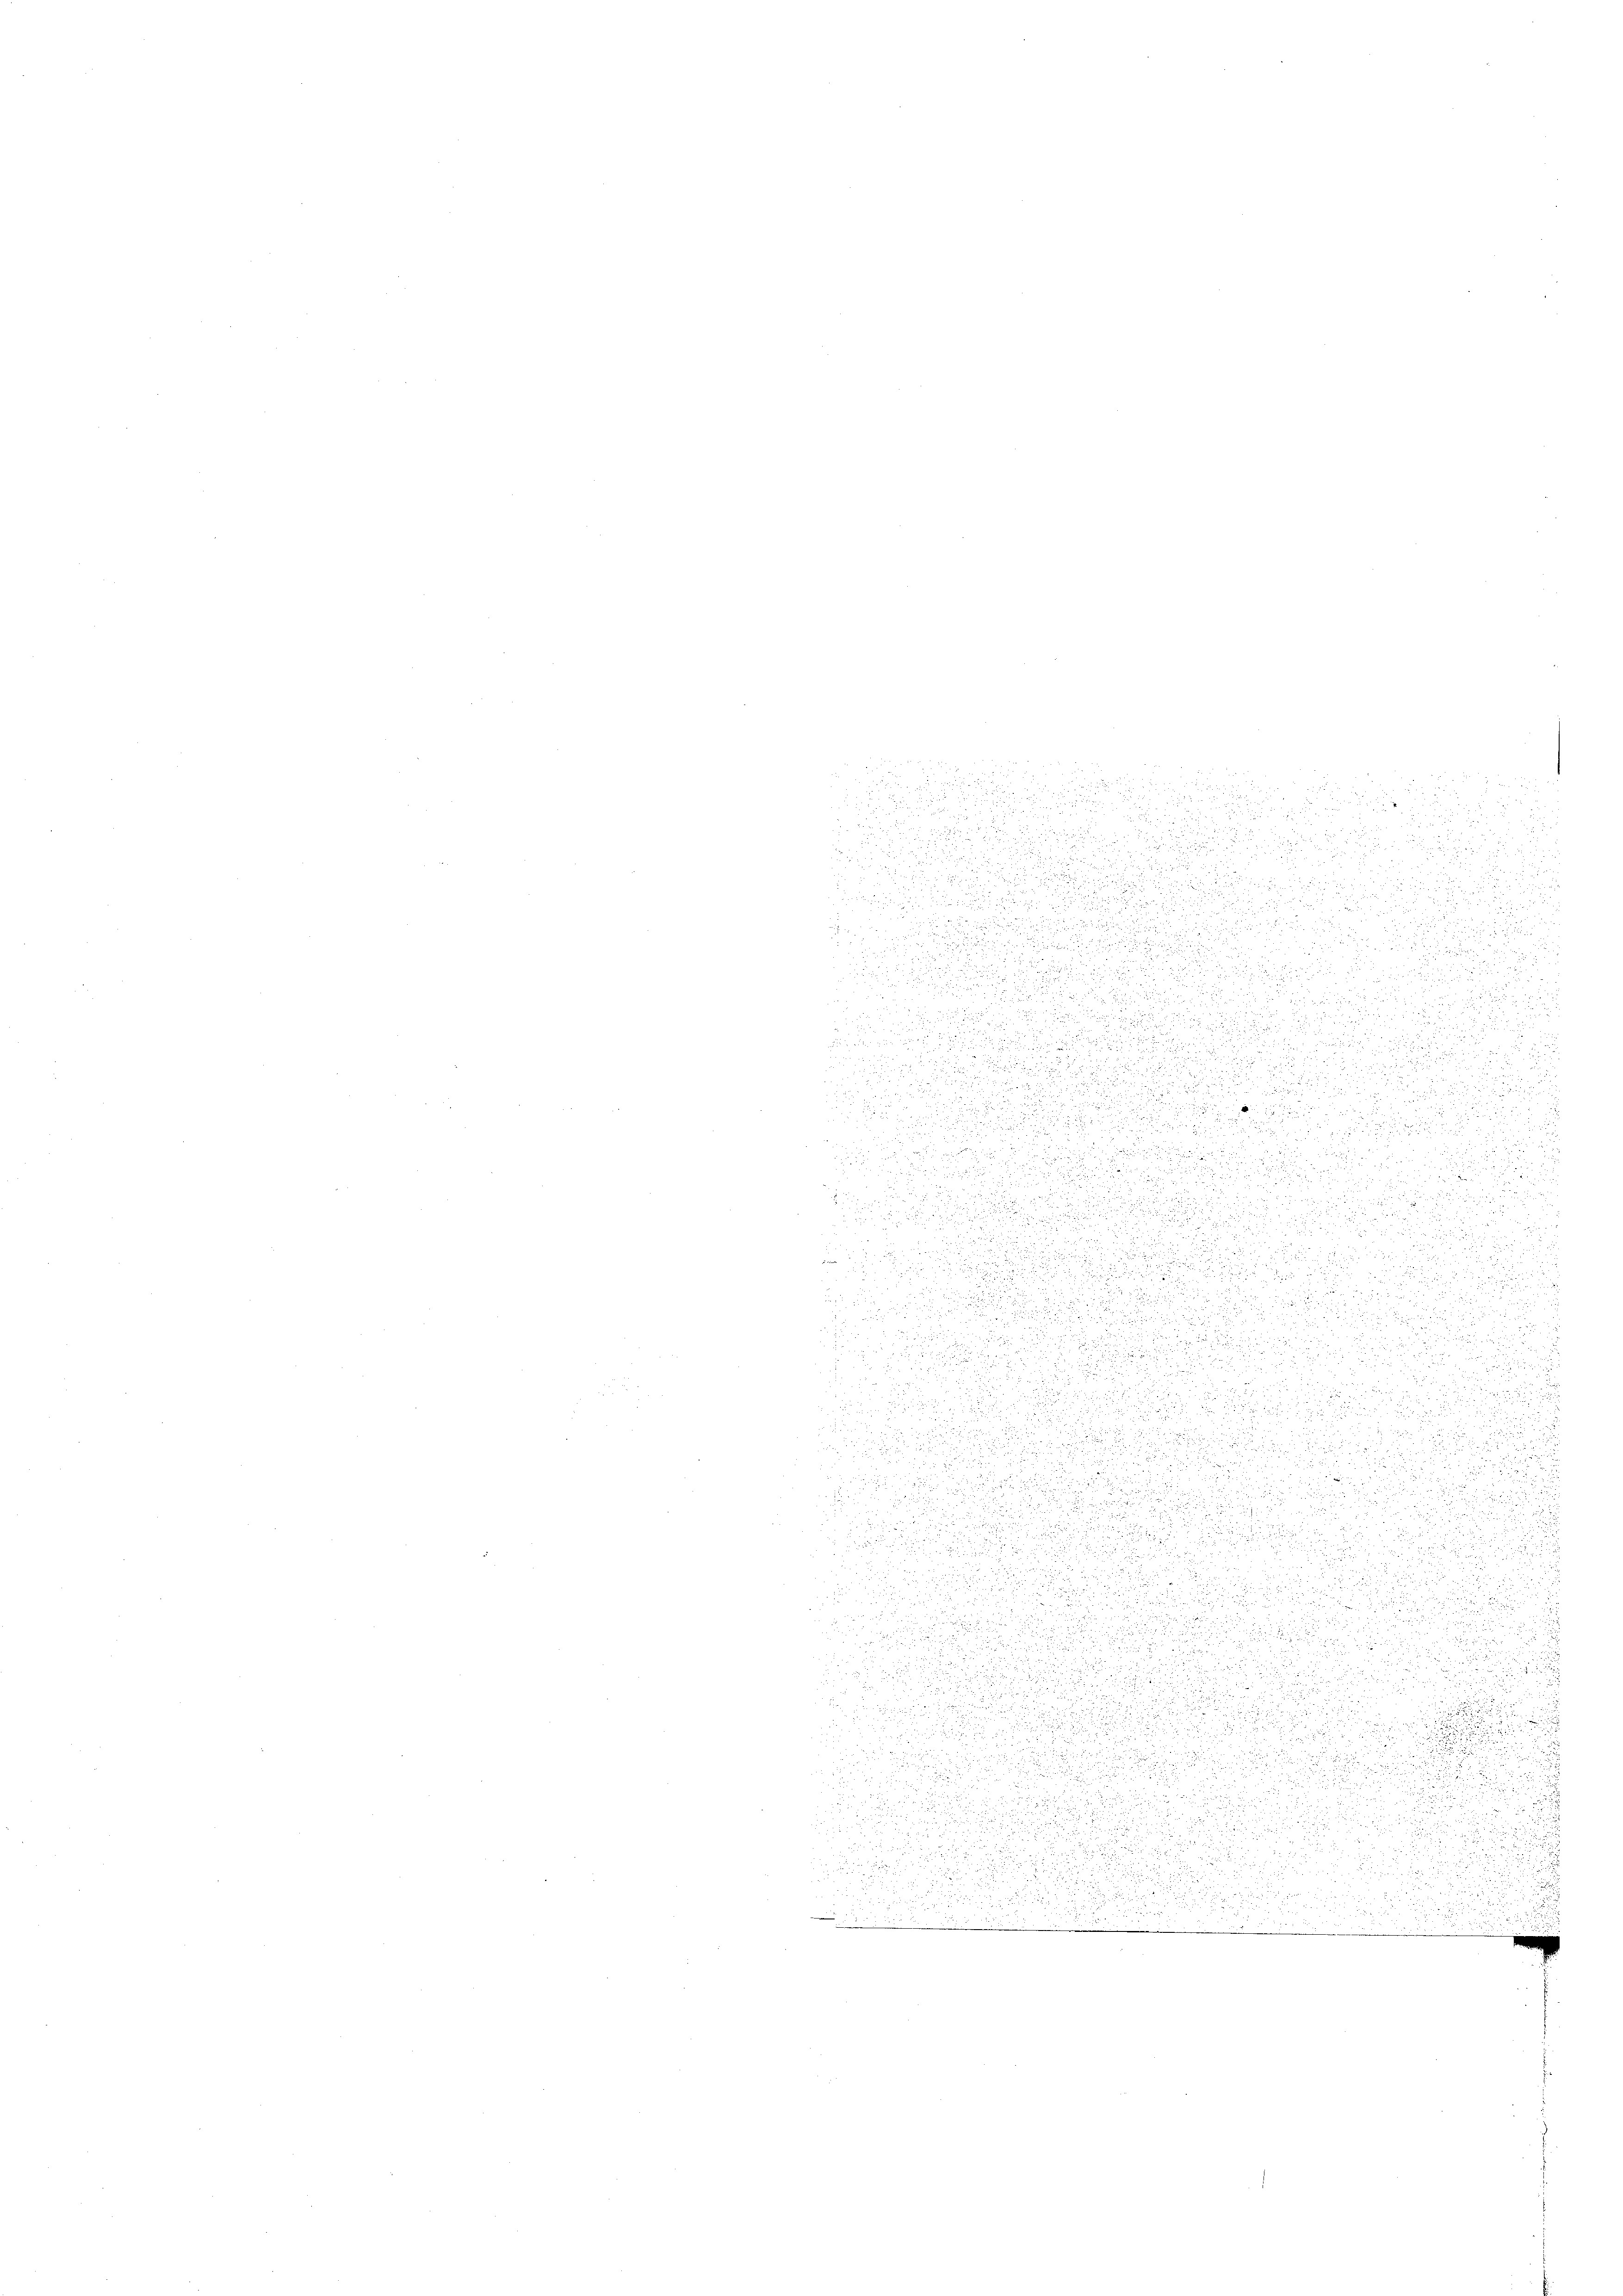
u

.
n

d

n

.
.

u

.

u

u
 u es sie in den sich es wi

d
d

.
E

n

.
.

i

n
s

.

d

25

n

.

u

u

.

e

 Fruch nun die dieser den

2

.

 222 2

s

.

u
c

de
n
u
a

 5
din un

i

5

u

d

.
n

.

i
u
¬

u
e

u

n

a

e

¬

n

u

 ist.

e

d
5

.

.

.
.

d
.

.

.

d
3
2

n

u

c

2